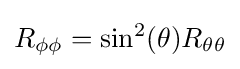
R_{\phi \phi }=\sin ^{2}(\theta )R_{\theta \theta }